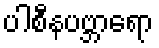
ပါစီနပဗ္ဘာရော